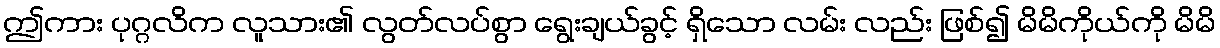
ဤကား ပုဂ္ဂလိက လူသား၏ လွတ်လပ်စွာ ရွေးချယ်ခွင့် ရှိသော လမ်း လည်း ဖြစ်၍ မိမိကိုယ်ကို မိမိ